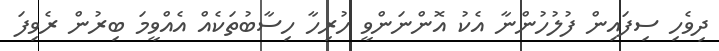
ދިވެހި ސިފައިން ފުލުހުންނާ އެކު އޮންނަންވީ ހުރިހާ ހިސާބުތަކެއް އެއްވީމަ ބިރުން ރެވިފަ